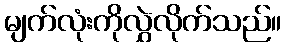
မျက်လုံးကိုလွှဲလိုက်သည်။